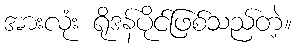
အားလုံး ရိုဒန်ပိုင်ဖြစ်သည်တဲ့။